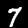
Digit: 7